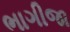
ભાગીજા